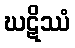
ဃဋိဿံ